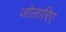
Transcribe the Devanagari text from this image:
जोलारिए